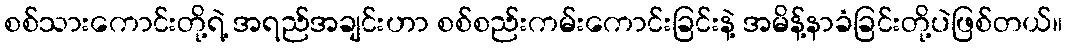
စစ်သားကောင်းတို့ရဲ့ အရည်အချင်းဟာ စစ်စည်းကမ်းကောင်းခြင်းနဲ့ အမိန့်နာခံခြင်းတို့ပဲဖြစ်တယ်။